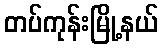
တပ်ကုန်းမြို့နယ်